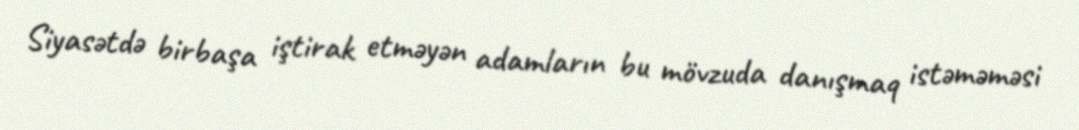
Siyasətdə birbaşa iştirak etməyən adamların bu mövzuda danışmaq istəməməsi